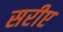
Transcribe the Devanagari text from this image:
सरीए